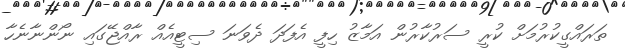
ތަރައްްގީކުރުމަށް ކުރީ ސަރުކާރުން އަމާޒު ހިފީ އެފަދަ ދެވަނަ ސިޓީއެއް ރާއްޖޭގައި ނޯންނާނެހާ